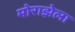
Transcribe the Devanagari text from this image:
मोराझेला